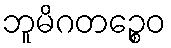
ဘူမိဂတဉ္စေဝ